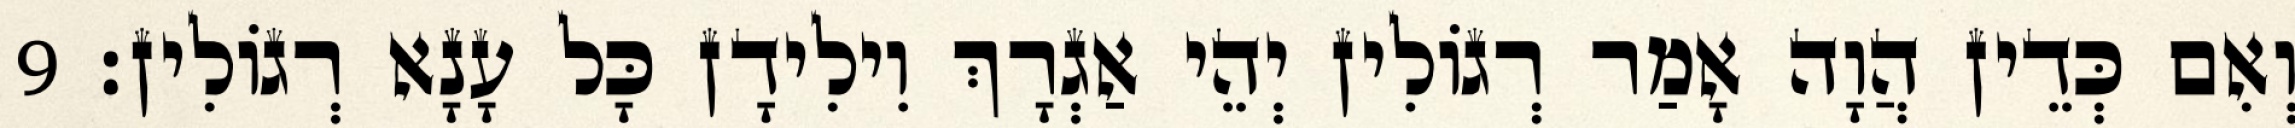
וְאִם כְּדֵין הֲוָה אָמַר רְגוֹלִין יְהֵי אַגְרָךְ וִילִידָן כָּל עָנָא רְגוֹלִין׃ 9